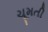
ચૂમતી